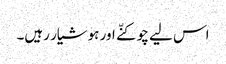
اس لیے چوکنّے اور ہوشیار رہیں۔